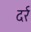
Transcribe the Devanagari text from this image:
दर्र